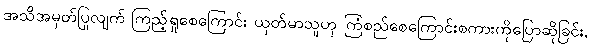
အသိအမှတ်ပြုလျက် ကြည့်ရှုစေကြောင်း ယုတ်မာသူဟု ကြံစည်စေကြောင်းစကားကိုပြောဆိုခြင်း,